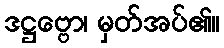
ဒဋ္ဌဗ္ဗော၊ မှတ်အပ်၏။